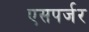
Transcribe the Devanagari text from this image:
एसपर्जर